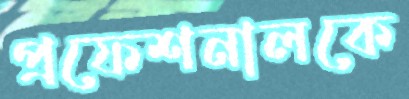
প্রফেশনালকে